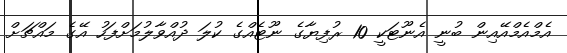
އެމްއެމްއޭއިން ބުނީ އެނޫޓަކީ 10 ރުފިޔާގެ ނޫޓެއްގެ ކުލަ ދުއްވާލުމަށްފަހު އޭގެ މައްޗަށް